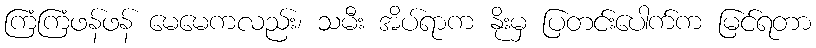
ကြံကြံဖန်ဖန် မေမေကလည်း၊ သမီး အိပ်ရာက နိုးမှ ပြတင်းပေါက်က မြင်ရတာ